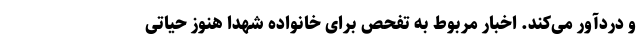
و دردآور می‌کند. اخبار مربوط به تفحص برای خانواده شهدا هنوز حیاتی